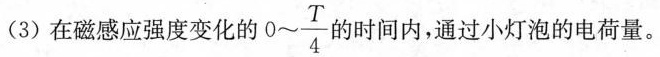
(3)在磁感应强度变化的 0～ \frac{T}{4} 的时间内，通过小灯泡的电荷量。